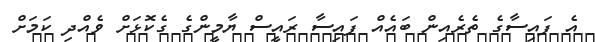
އެ ފައިސާގެ ތެރެއިން ބައެއް ފައިސާ ރައީސް ޔާމީންގެ ގެކޮޅަށް ވެއްދި ކަމަށް